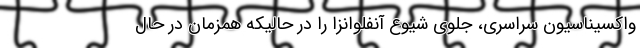
واکسیناسیون سراسری، جلوی شیوع آنفلوانزا را در حالیکه همزمان در حال